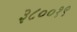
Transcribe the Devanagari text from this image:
३८००१९